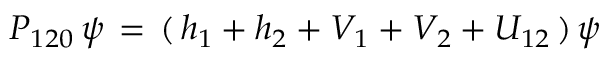
P _ { 1 2 0 } \, \psi \, = \, ( \, h _ { 1 } + h _ { 2 } + V _ { 1 } + V _ { 2 } + U _ { 1 2 } \, ) \, \psi